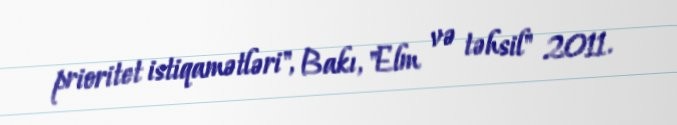
prioritet istiqamətləri", Bakı, "Elm və təhsil" 2011.